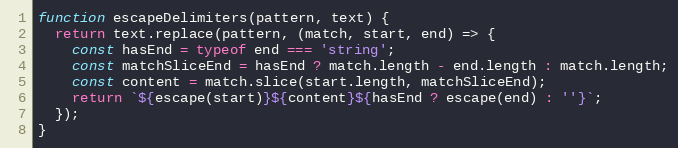
Language: JavaScript
function escapeDelimiters(pattern, text) {
  return text.replace(pattern, (match, start, end) => {
    const hasEnd = typeof end === 'string';
    const matchSliceEnd = hasEnd ? match.length - end.length : match.length;
    const content = match.slice(start.length, matchSliceEnd);
    return `${escape(start)}${content}${hasEnd ? escape(end) : ''}`;
  });
}